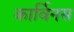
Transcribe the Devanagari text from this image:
कार्विनस